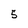
Character: 5